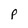
Character: P